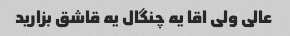
عالی ولی اقا یه چنگال یه قاشق بزارید